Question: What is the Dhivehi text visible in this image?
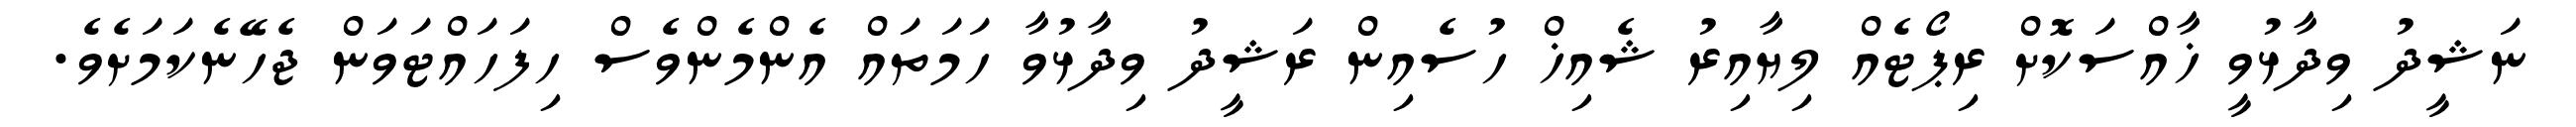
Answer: ނަޝީދު ވިދާޅުވީ ޚާއްސަކޮށް ރިޕޯޓެއް ލިޔާއިރު ޝެއިޚް ހުސެއިން ރަޝީދު ވިދާޅުވާ ހަމަތައް އެންމެންވެސް ހިފަހައްޓަވަން ޖެހޭނެކަމަށެވެ.